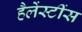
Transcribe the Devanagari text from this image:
हैलेंस्टींस